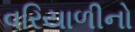
વરિયાળીનો